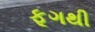
ફૂગથી